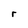
Character: r